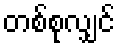
တစ်စုလျှင်